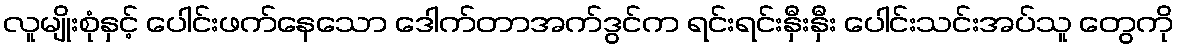
လူမျိုးစုံနှင့် ပေါင်းဖက်နေသော ဒေါက်တာအက်ဒွင်က ရင်းရင်းနှီးနှီး ပေါင်းသင်းအပ်သူ တွေကို